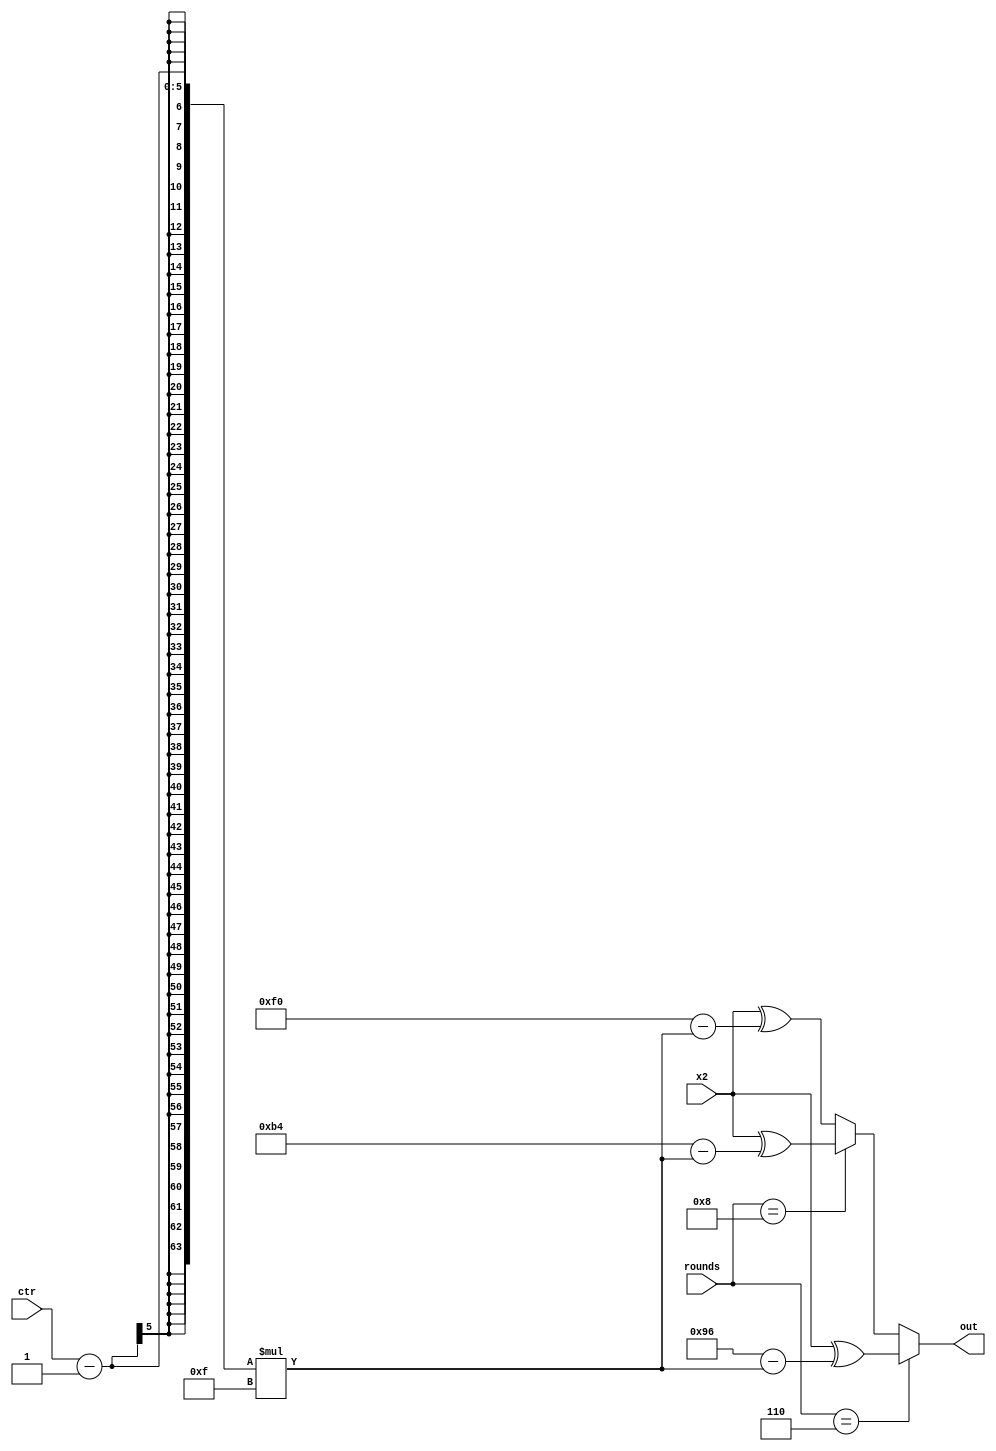
// This program was cloned from: https://github.com/phn210/fpga-ascon
// License: MIT License

module ConstAddLayer (
    // Inputs
    input   [63:0]  x2,
    input   [4:0]   ctr,
    input   [4:0]   rounds,

    // Outputs
    output  [63:0]  out 
);

    reg [63:0] out_buf;
    assign out = out_buf;

    always @(*) begin
        if(rounds == 6)
            out_buf = x2 ^ (8'h96 - (ctr-1) * 15);
        else if(rounds == 8)
            out_buf = x2 ^ (8'hb4 - (ctr-1) * 15);
        else 
            out_buf = x2 ^ (8'hf0 - (ctr-1) * 15);
    end

endmodule